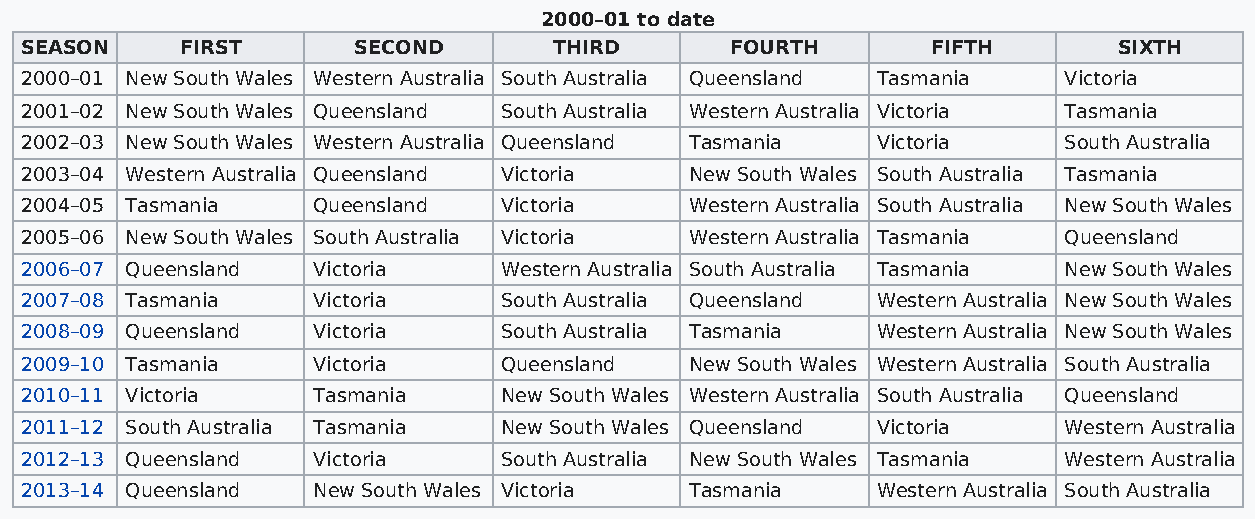
2000–01 to date
 SEASON     FIRST      SECOND        THIRD      FOURTH        FIFTH       SIXTH
 2000–01 New South Wales Western Australia South Australia Queensland Tasmania Victoria
 2001–02 New South Wales Queensland South Australia Western Australia Victoria Tasmania
 2002–03 New South Wales Western Australia Queensland Tasmania Victoria South Australia
 2003–04 Western Australia Queensland Victoria New South Wales South Australia Tasmania
 2004–05 Tasmania    Queensland  Victoria     Western Australia South Australia New South Wales
 2005–06 New South Wales South Australia Victoria Western Australia Tasmania Queensland
 2006–07 Queensland  Victoria    Western Australia South Australia Tasmania New South Wales
 2007–08 Tasmania    Victoria    South Australia Queensland Western Australia New South Wales
 2008–09 Queensland  Victoria    South Australia Tasmania Western Australia New South Wales
 2009–10 Tasmania    Victoria    Queensland   New South Wales Western Australia South Australia
 2010–11 Victoria    Tasmania    New South Wales Western Australia South Australia Queensland
 2011–12 South Australia Tasmania New South Wales Queensland Victoria Western Australia
 2012–13 Queensland  Victoria    South Australia New South Wales Tasmania Western Australia
 2013–14 Queensland  New South Wales Victoria Tasmania    Western Australia South Australia